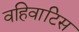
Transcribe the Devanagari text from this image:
वहिवाटिस